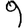
Digit: 9